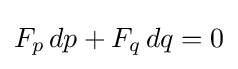
F_{p}\,dp+F_{q}\,dq=0